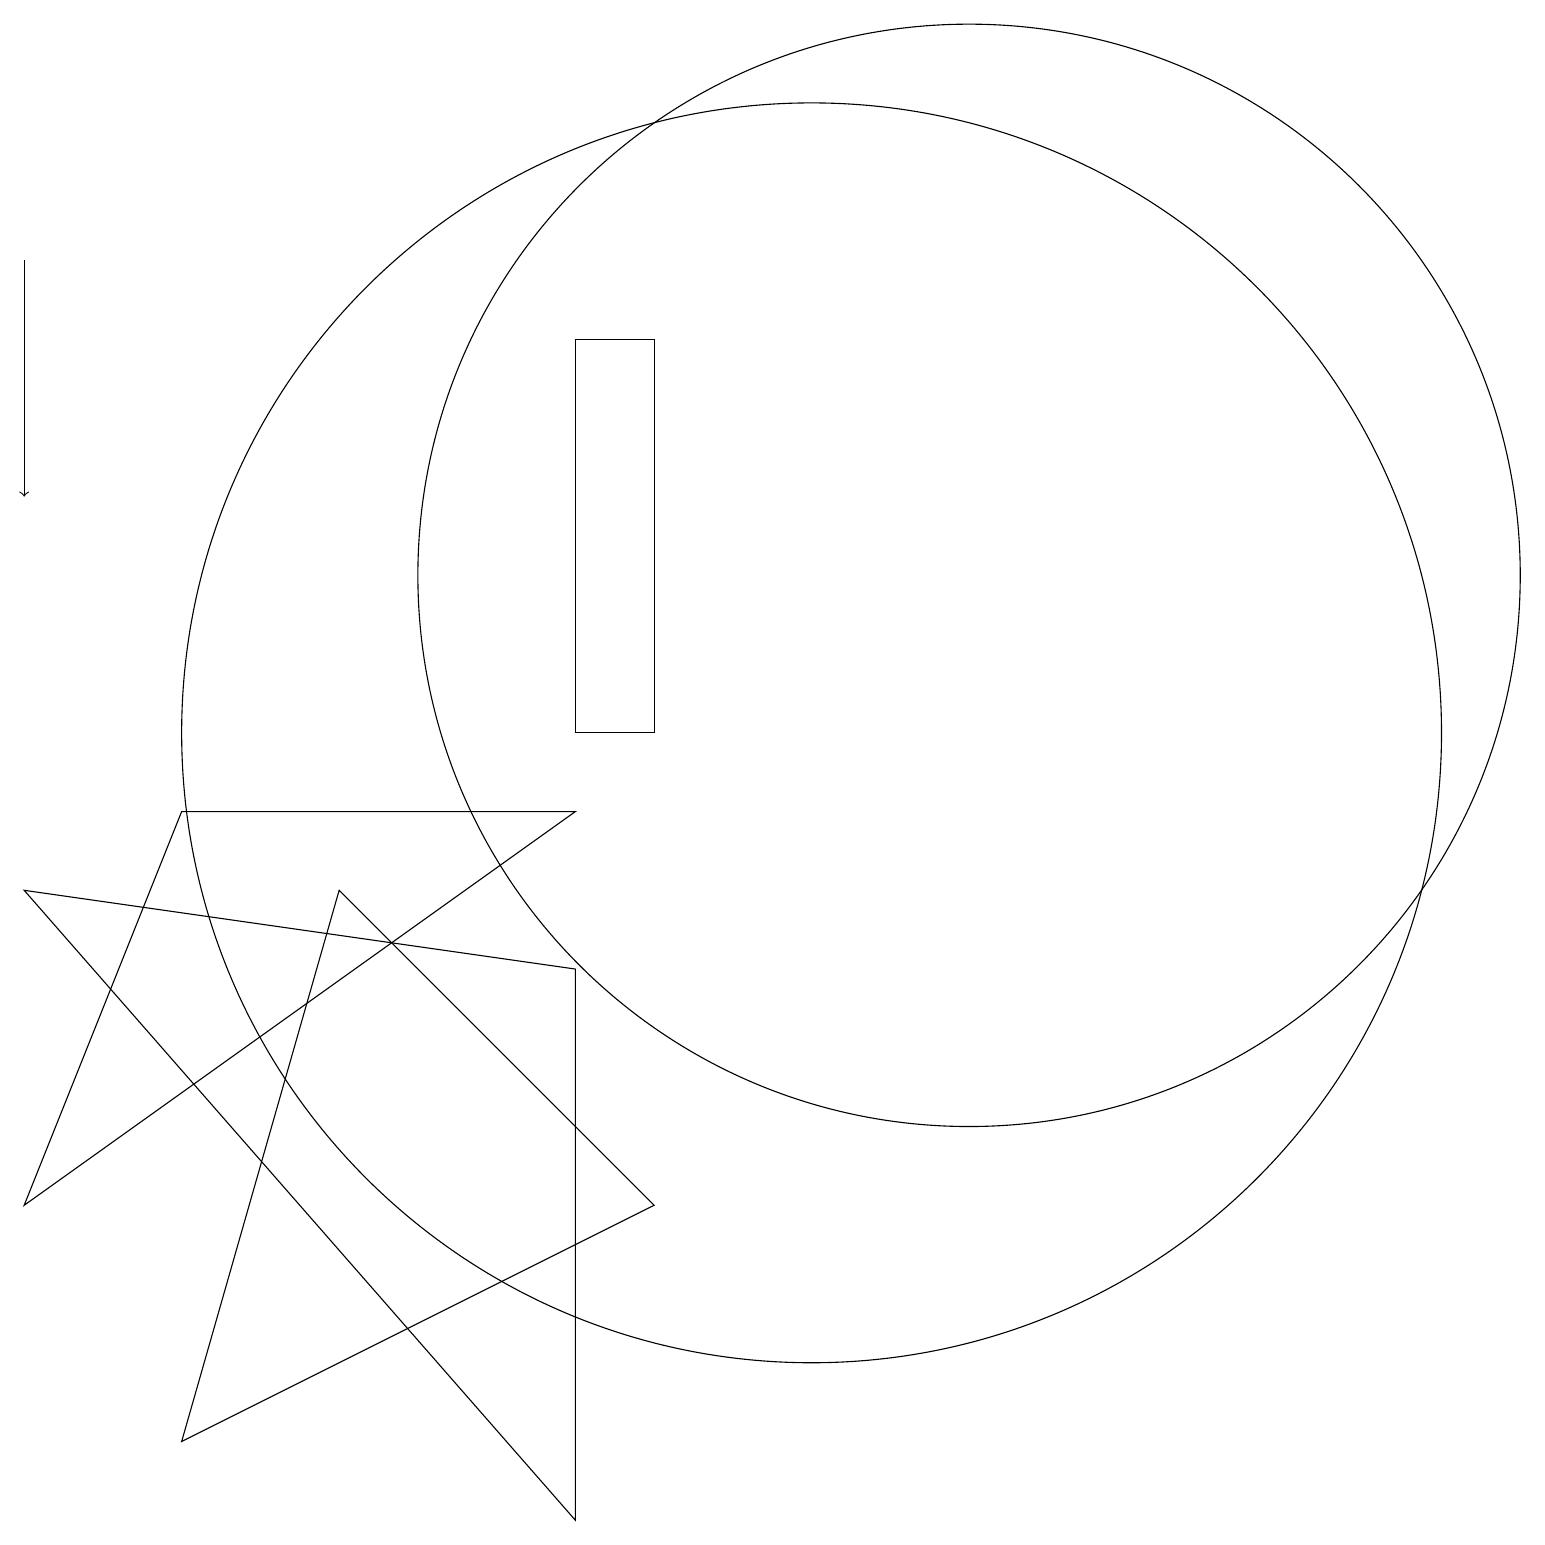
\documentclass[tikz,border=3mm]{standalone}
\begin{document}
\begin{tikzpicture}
\draw (12,12) circle (7);
\draw (10,10) circle (8);
\draw[->] (0,16) -- (0,13);
\draw (2,1) -- (4,8) -- (8,4) -- cycle;
\draw (8,15) rectangle (7,10);
\draw (0,8) -- (7,0) -- (7,7) -- cycle;
\draw (0,4) -- (2,9) -- (7,9) -- cycle;
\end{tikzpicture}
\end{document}